Vaccination report Assam 1896-1927 - 1896-1927
Year: 1896
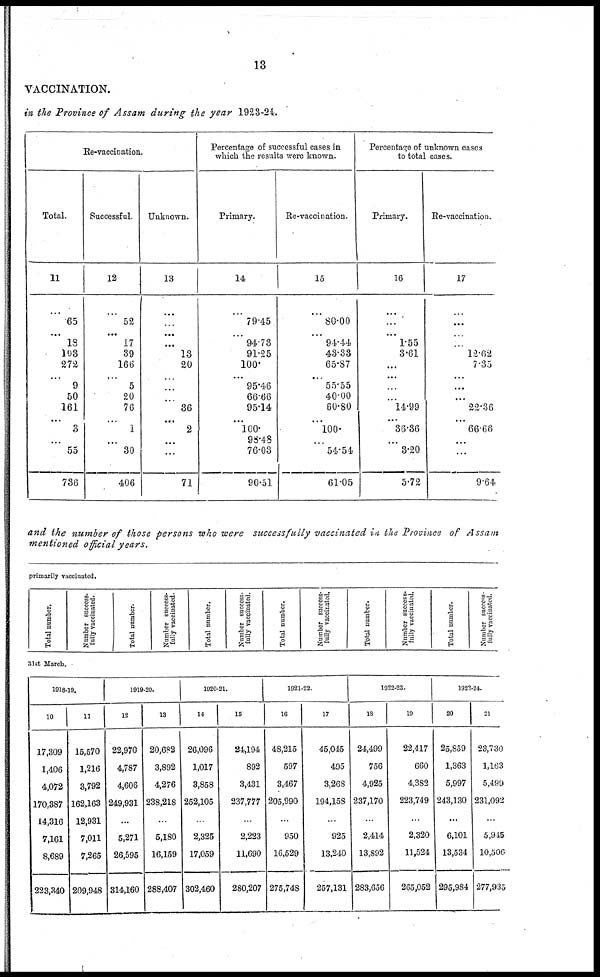
13
VACCINATION.
in the Province of Assam during the year 1923-24.
Re-vaccination.
Total.
11
...
65
...
18
193
272
...
9
50
161
...
3
...
55
736
Successful.
12
...
52
...
17
39
166
...
5
20
76
...
1
...
30
406
Unknown.
13
...
...
...
...
13
20
...
...
...
36
...
2
...
...
71
Percentage of successful cases in
which the results were known.
Primary.
14
...
79.45
...
94.73
91.25
100.
...
95.46
66.66
95.14
...
100
98.48
76.03
90.51
Re-vaccination.
15
...
80.00
...
94.44
43.33
65.87
...
55.55
40.00
60.80
...
100.
...
54.54
61.05
Percentage of unknown cases
to total cases.
Primary.
16
...
...
...
1.55
3.61
...
...
...
...
14.99
...
36.36
...
3.20
5.72
Re-vaccination.
17
...
...
...
...
12.62
7.35
...
...
...
22.36
...
66.66
...
...
9.64
and the number of those persons who were successfully vaccinated in the Province of Assam
mentioned official years.
primarily vaccinated.
Total number.
Number success-
fully vaccinated.
Total number.
Number success-
fully vaccinated.
Total number.
Number success-
fully vaccinated.
Total number.
Number success-
fully vaccinated.
Total number.
Number success-
fully vaccinated.
Total number.
Number success-
fully vaccinated.
31st March.
1918-19.
10
17,309
1,406
4,072
170,387
14,316
7,161
8,689
223,340
11
15,570
1,216
3,792
162,163
12,931
7,011
7,265
209,948
1919-20.
12
22,970
4,787
4,606
249,931
...
5,271
26,595
314,160
13
20,682
3,892
4,276
238,218
...
5,180
16,159
288,407
1920-21.
14
26,096
1,017
3,858
252,105
..
2,325
17,059
302,460
15
24,194
892
3,431
237,777
...
2,223
11,690
280,207
1921-22.
16
48,215
597
3,467
205,990
...
950
16,529
275,748
17
45,045
495
3,268
194,158
...
925
13,240
257,131
1922-23.
18
24,499
756
4,925
237,170
...
2,414
13,892
283,656
19
22,417
660
4,382
223,749
...
2,320
11,524
265,052
1923-24.
20
25,859
1,363
5,997
243,130
...
6,101
13,534
295,984
21
23,730
1,163
5,499
231,092
...
5,915
10,506
277,935